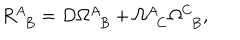
R _ { ~ ~ B } ^ { A } = D \Omega _ { ~ ~ B } ^ { A } + \Omega _ { ~ ~ C } ^ { A } \Omega _ { ~ ~ B } ^ { C } ,